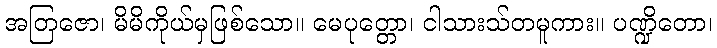
အတြဇော၊ မိမိကိုယ်မှဖြစ်သော။ မေပုတ္တော၊ ငါသားသ်တမူကား။ ပဏ္ဍိတော၊